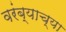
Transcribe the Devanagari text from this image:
वरंब्याच्या